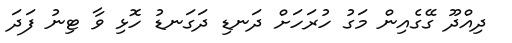
ދިއްދޫ ގޭގެއިން މަގު ހުރަހަށް ދަނޑި ދަގަނޑު ހޮޅި ވާ ޓިނު ފަދަ